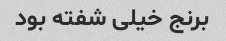
برنج خیلی شفته بود